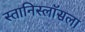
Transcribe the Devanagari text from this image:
स्तानिस्लॉसला